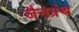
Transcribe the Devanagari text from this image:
जैनग्रंथ